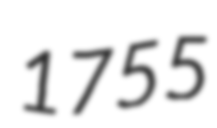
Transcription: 1755